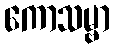
ကောသမ္ဗာ